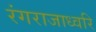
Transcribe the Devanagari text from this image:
रंगराजाध्वरि